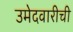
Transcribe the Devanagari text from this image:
उमेदवारीची